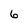
Character: 6